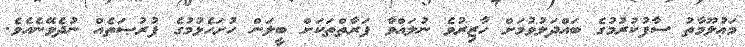
މަޢުލޫމާތު ސާފުކުރުމުގެ ބައްދަލުވުމަށް ހާޒިރުވެ ނުލައްވާ ފަރާތްތަކަށް ބީލަން ހުށަހެޅުމުގެ ފުރުޞަތެއް ނުދެވޭނެއެވެ.